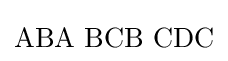
\mathrm {ABA\,\,BCB\,\,CDC}